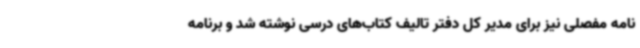
نامه مفصلی نیز برای مدیر کل دفتر تالیف کتاب‌های درسی نوشته شد و برنامه